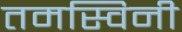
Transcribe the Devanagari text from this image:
तमस्विनी